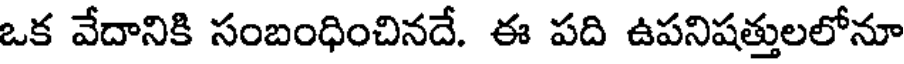
ఒక వేదానికి సంబంధించినదే. ఈ పది ఉపనిషత్తులలోనూ